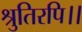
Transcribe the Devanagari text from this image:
श्रुतिरपि।।